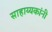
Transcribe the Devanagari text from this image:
साहाय्यकांनी